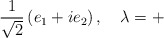
\begin{align*}\frac{1}{\sqrt{2}}\left( e_{1}+ie_{2}\right) ,\,\,\,\,\,\,\lambda =+ \\ \end{align*}